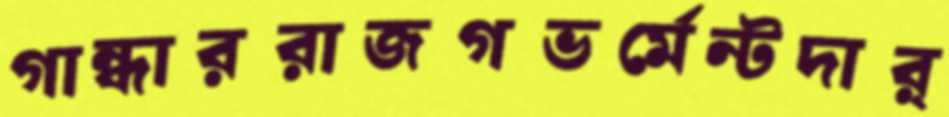
গান্ধাররাজগভর্মেন্টদার্